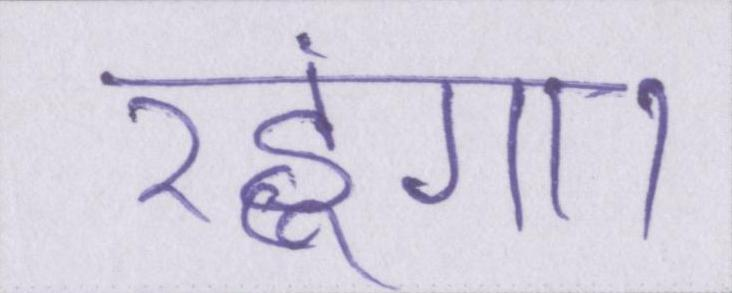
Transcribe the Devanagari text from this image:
रहूंगा।